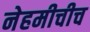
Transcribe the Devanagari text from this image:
नेहमीचीच